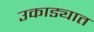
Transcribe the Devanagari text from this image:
उकाड्यात